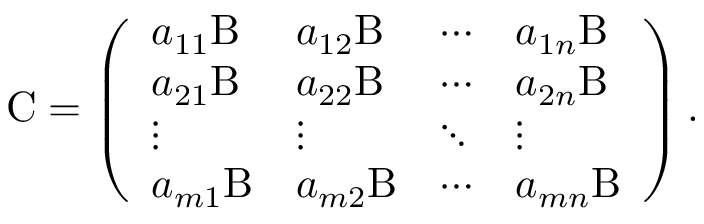
\mathrm { C } = \left( \begin{array} { l l l l } { a _ { 1 1 } \mathrm { B } } & { a _ { 1 2 } \mathrm { B } } & { \cdots } & { a _ { 1 n } \mathrm { B } } \\ { a _ { 2 1 } \mathrm { B } } & { a _ { 2 2 } \mathrm { B } } & { \cdots } & { a _ { 2 n } \mathrm { B } } \\ { \vdots } & { \vdots } & { \ddots } & { \vdots } \\ { a _ { m 1 } \mathrm { B } } & { a _ { m 2 } \mathrm { B } } & { \cdots } & { a _ { m n } \mathrm { B } } \end{array} \right) .